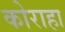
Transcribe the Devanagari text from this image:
कोराहा